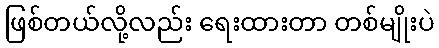
ဖြစ်တယ်လို့လည်း ရေးထားတာ တစ်မျိုးပဲ